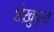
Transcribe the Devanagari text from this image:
शेख़ुपुरा